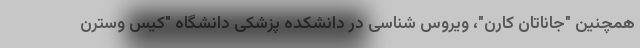
همچنین "جاناتان کارن"، ویروس شناسی در دانشکده پزشکی دانشگاه "کیس وسترن